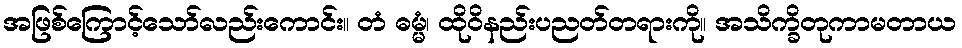
အဖြစ်ကြောင့်သော်လည်းကောင်း။ တံ ဓမ္မံ၊ ထိုဝိနည်းပညတ်တရားကို။ အသိက္ခိတုကာမတာယ